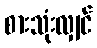
စားသုံးလျှင်